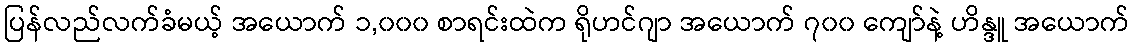
ပြန်လည်လက်ခံမယ့် အယောက် ၁,၀၀၀ စာရင်းထဲက ရိုဟင်ဂျာ အယောက် ၇၀၀ ကျော်နဲ့ ဟိန္ဒူ အယောက်